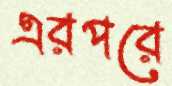
এরপরে